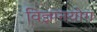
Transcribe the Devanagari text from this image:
विज्ञानयोग